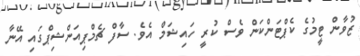
ޒުވާން ޓީމުގެ ކެޕްޓަންކަން ވެސް ކުރީ ހައިޝަމް އެވެ. ސާފް ޗެމްޕިއަންޝިޕްގައި އޭނާ